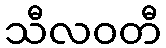
သီလဝတီ